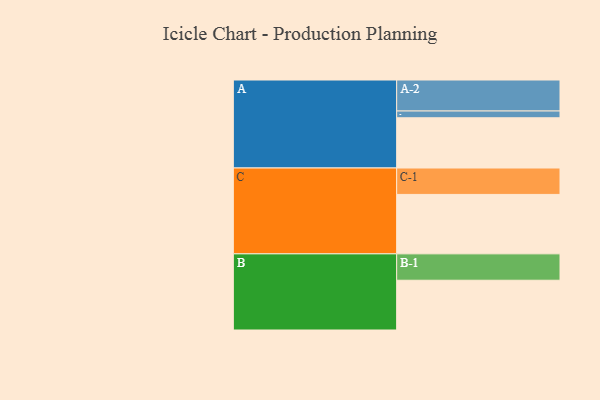
{"axis": {"x": "Segment", "y": "Value"}, "legend": ["", "A", "B", "C"], "data": [{"x": "A", "y": 415, "type": ""}, {"x": "B", "y": 411, "type": ""}, {"x": "C", "y": 491, "type": ""}, {"x": "A-1", "y": 56, "type": "A"}, {"x": "A-2", "y": 256, "type": "A"}, {"x": "B-1", "y": 218, "type": "B"}, {"x": "C-1", "y": 218, "type": "C"}]}